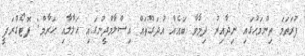
ފުރަތަމަ ތިންމަހުގައި ނިދާއިރު ދިމާވާ ބައެއް އުދަގޫތައް އިސްލާމްދީނުގައި ޙަލާލާއި ޙަރާމް: ފޮޓޯގްރަފީ